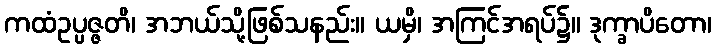
ကထံဥပ္ပဇ္ဇတိ၊ အဘယ်သို့ဖြစ်သနည်း။ ယမှိ၊ အကြင်အရပ်၌။ ဒုက္ခာပိတော၊